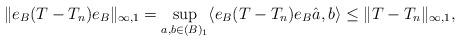
LaTeX: \begin{align*}\|e_B(T- T_n) e_B\|_{\infty,1}=\sup_{a,b\in (B)_1} \langle e_B (T-T_n) e_B \hat a, b\rangle\leq \|T-T_n\|_{\infty,1},\end{align*}